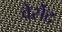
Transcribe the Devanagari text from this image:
वेर्सेद